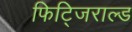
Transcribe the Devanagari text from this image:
फिट्जिराल्ड